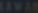
Transcribe